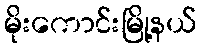
မိုးကောင်းမြို့နယ်